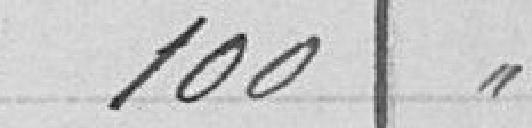
100